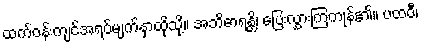
ထက်ဝန်းကျင်အရပ်မျက်နှာထိုသို့။ အဘိဓာရန္တိ၊ ပြေးလွှားကြကုန်၏။ ပထဝီ၊